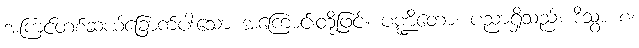
အကြင်တစ်ဆယ့်ခြောက်ပါးသော အကြောင်းတို့ဖြင့်။ ပဏ္ဍိတော၊ ပညာရှိသည်။ ဒိသွာ စ၊